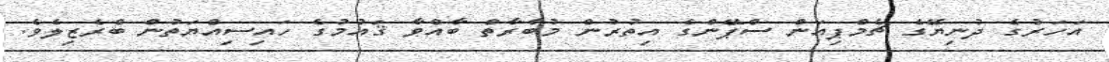
އަހަރުގެ ދުނިޔޭގެ ޗެމްޕިއަން ސްޕޭންގެ އިތުރުން މުބާރާތް ބާއްވާ ޤައުމުގެ ހައިސިއްޔަތުން ބްރެޒިލެވެ.